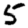
Digit: 5